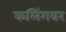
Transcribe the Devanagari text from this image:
कलिंगवर